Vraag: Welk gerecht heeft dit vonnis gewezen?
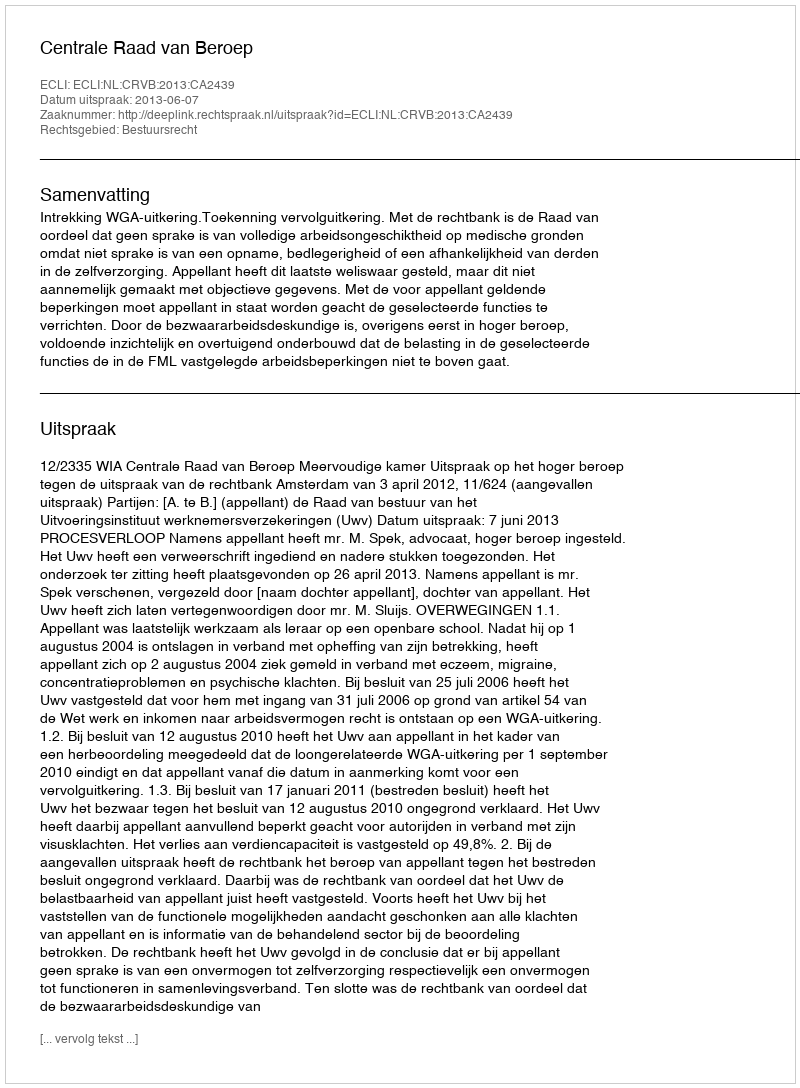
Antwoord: Centrale Raad van Beroep